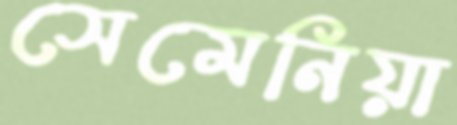
সেমেনিয়া